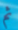
ثم